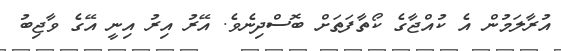
އުރާލަމުން އެ ކުއްޖާގެ ކޯތާފަތަށް ބޮސްދިނެވެ. އޭރު އިރު އިނީ އޭގެ ވާޖިބު